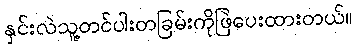
နှင်းလဲသူ့တင်ပါးတခြမ်းကိုဖြဲပေးထားတယ်။